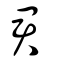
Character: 君